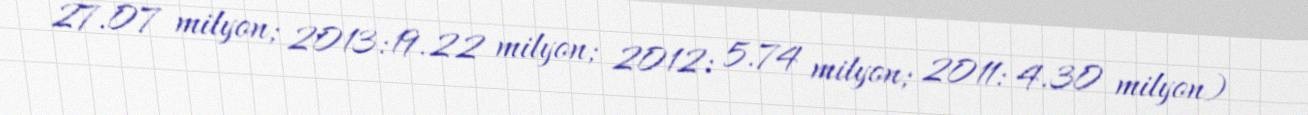
27.07 milyon; 2013: 19.22 milyon; 2012: 5.74 milyon; 2011: 4.30 milyon)